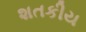
શતકીય